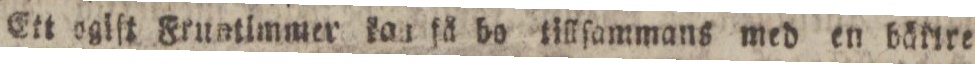
Ett ogiſt Fruntimmer kan få bo tillſammans med en bäklre